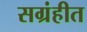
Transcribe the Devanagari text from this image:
सग्रंहीत